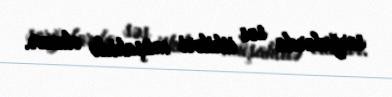
sorğularda səs itkiləri müşahidə olunur.